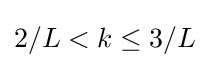
2/L<k\leq 3/L